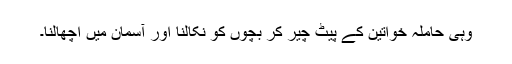
وہی حاملہ خواتین کے پیٹ چیر کر بچوں کو نکالنا اور آسمان میں اچھالنا۔